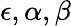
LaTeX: \epsilon,\alpha,\beta